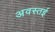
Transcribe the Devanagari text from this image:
अवस्तई